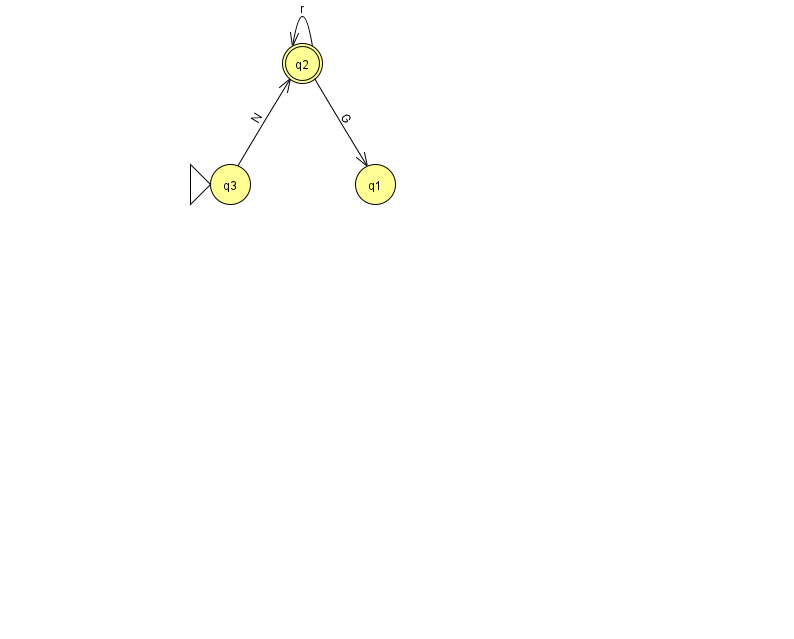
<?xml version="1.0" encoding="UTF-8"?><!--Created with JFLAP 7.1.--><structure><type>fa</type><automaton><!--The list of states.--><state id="1" name="q1"><x>375.0</x><y>171.0</y></state><state id="2" name="q2"><x>302.0</x><y>50.0</y><final/></state><state id="3" name="q3"><x>230.0</x><y>171.0</y><initial/></state><!--The list of transitions.--><transition><from>2</from><to>2</to><read>r</read></transition><transition><from>2</from><to>1</to><read>G</read></transition><transition><from>3</from><to>2</to><read>N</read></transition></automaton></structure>